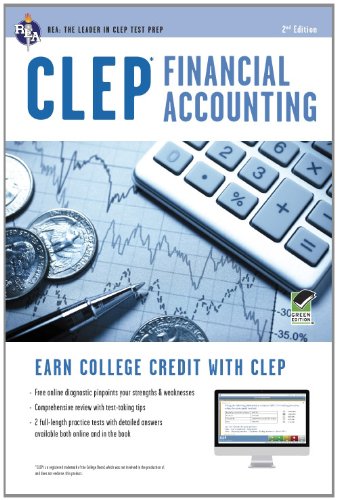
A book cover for CLEPÂ® Financial Accounting Book + Online (CLEP Test Preparation); Dr. Donald Balla PhD; Test Preparation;